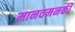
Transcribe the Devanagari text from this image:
मानवमनकी